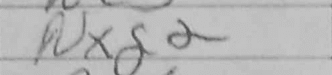
Transcription: Nxg2